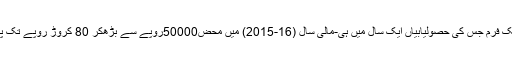
جو بات تھوڑی غیرمعمولی لگتی ہے، وہ یہ ہے کہ ایک فرم جس کی حصولیابیاں ایک سال میں ہی-مالی سال (16-2015) میں محض50000روپے سے بڑھ‌کر 80 کروڑ روپے تک پہنچ گیا ہو، اس نے گزشتہ سال اپنا کاروبار بند کر دیا۔